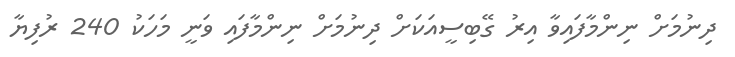
ދިނުމަށް ނިންމާފައިވާ އިރު ގޭބިސީއަކަށް ދިނުމަށް ނިންމާފައި ވަނީ މަހަކު 240 ރުފިޔާ